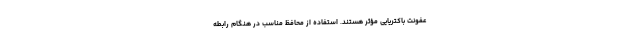
عفونت باکتریایی مؤثر هستند. استفاده از محافظ مناسب در هنگام رابطه